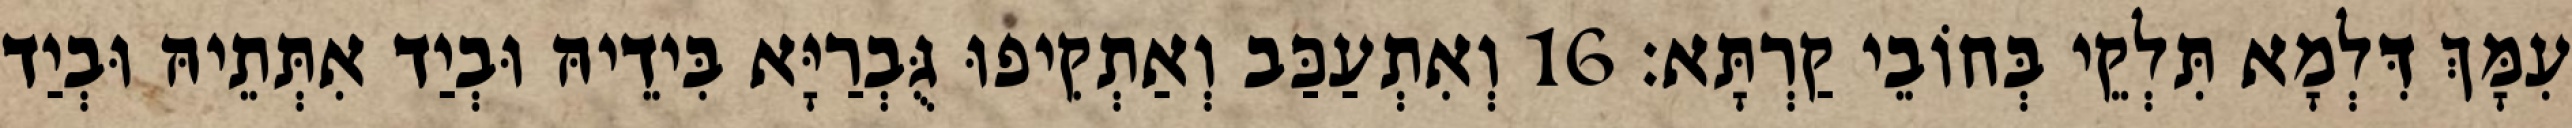
עִמָּךְ דִּלְמָא תִּלְקֵי בְּחוֹבֵי קַרְתָּא׃ 16 וְאִתְעַכַּב וְאַתְקִיפוּ גֻּבְרַיָּא בִּידֵיהּ וּבְיַד אִתְּתֵיהּ וּבְיַד